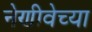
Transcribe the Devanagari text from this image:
नेणीवेच्या